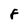
Character: 8